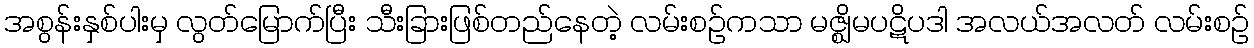
အစွန်းနှစ်ပါးမှ လွတ်မြောက်ပြီး သီးခြားဖြစ်တည်နေတဲ့ လမ်းစဉ်ကသာ မဇ္ဈိမပဋိပဒါ အလယ်အလတ် လမ်းစဉ်